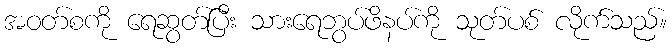
အဝတ်စကို ရေဆွတ်ပြီး သားရေဘွပ်ဖိနပ်ကို သုတ်ပစ် လိုက်သည်။